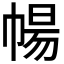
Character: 𭘩